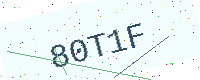
Text: 80T1F